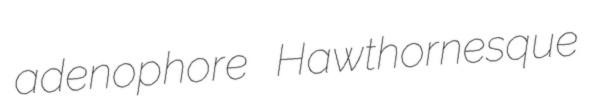
adenophore Hawthornesque